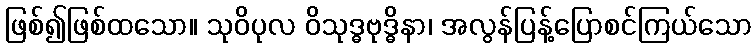
ဖြစ်၍ဖြစ်ထသော။ သုဝိပုလ ဝိသုဒ္ဓဗုဒ္ဓိနာ၊ အလွန်ပြန့်ပြောစင်ကြယ်သော